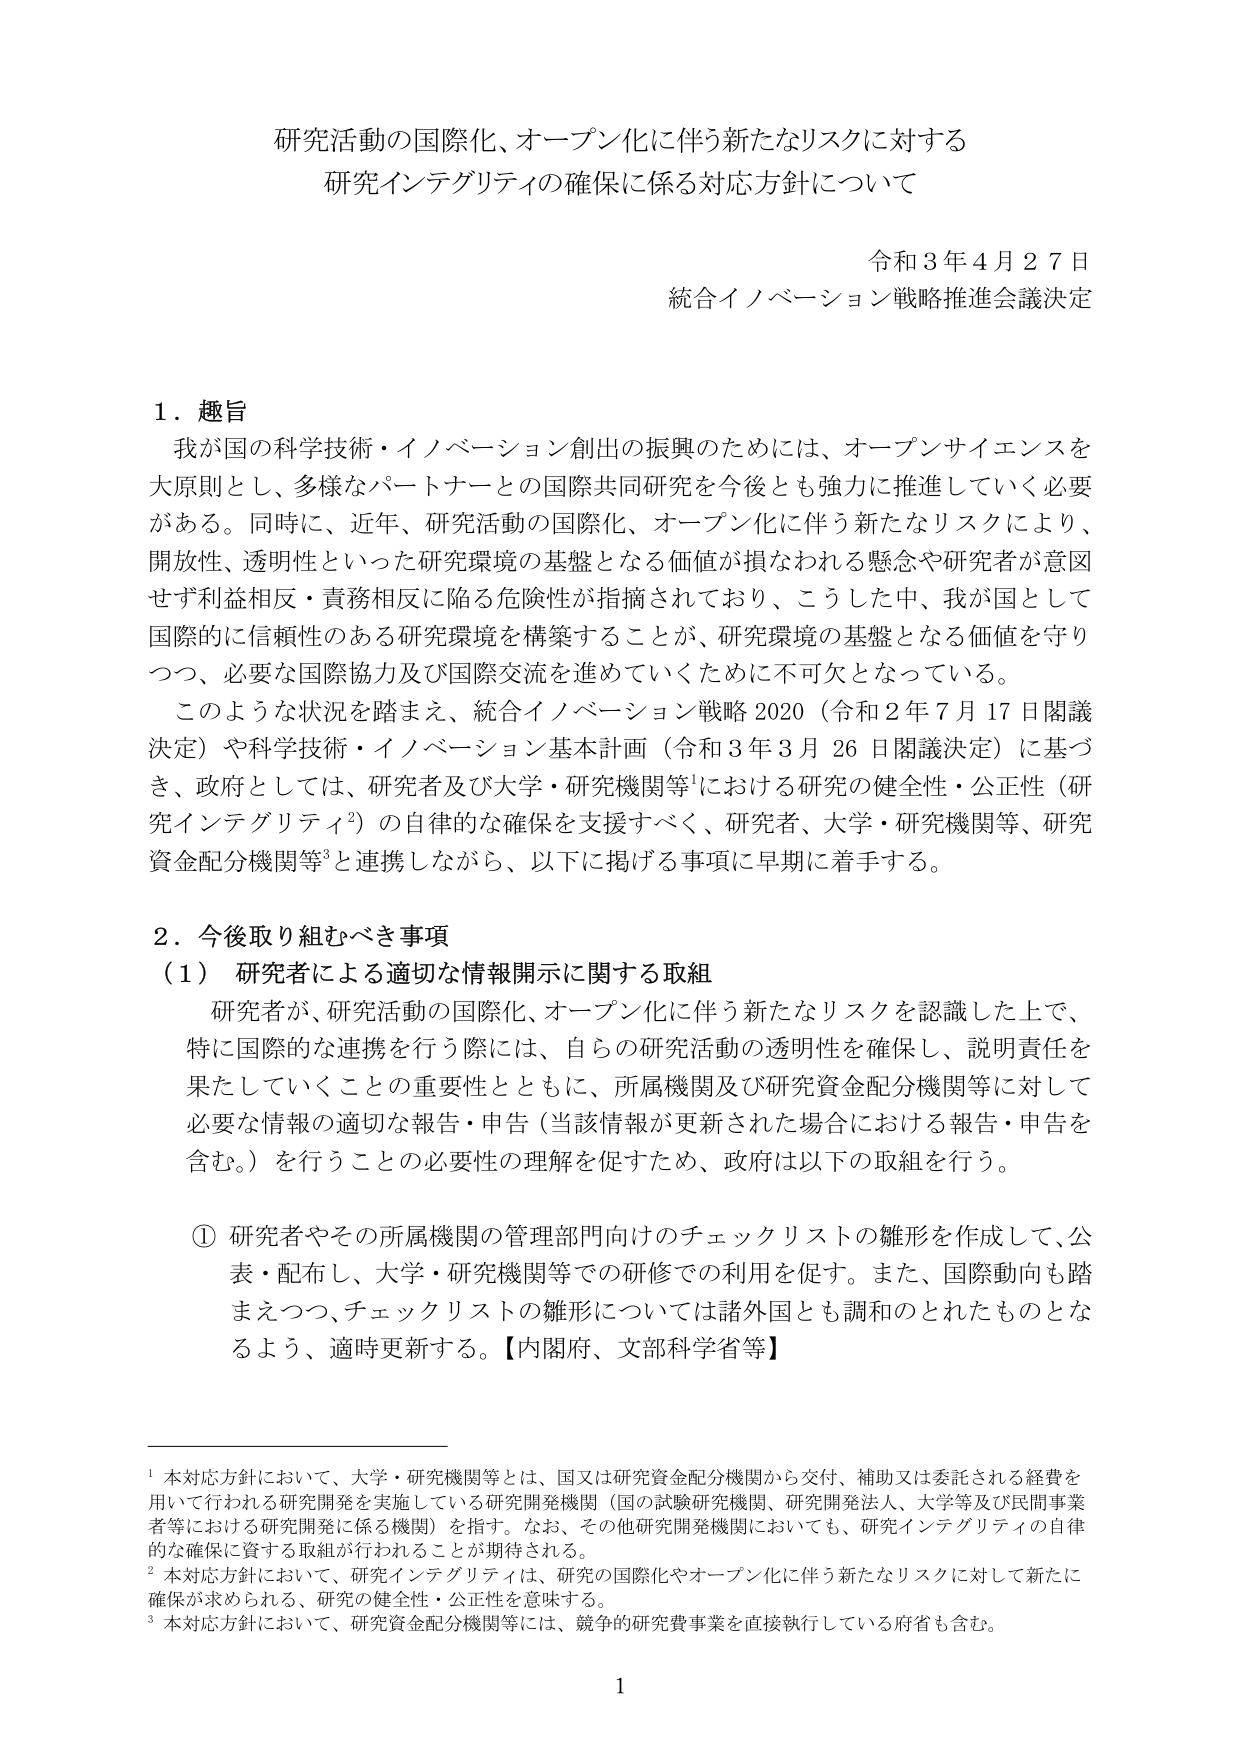
研究活動の国際化、オープン化に伴う新たなリスクに対する
研究インテグリティの確保に係る対応方針について

令和３年４月２７日
統合イノベーション戦略推進会議決定

１．趣旨
我が国の科学技術・イノベーション創出の振興のためには、オープンサイエンスを
大原則とし、多様なパートナーとの国際共同研究を今後とも強力に推進していく必要
がある。同時に、近年、研究活動の国際化、オープン化に伴う新たなリスクにより、
開放性、透明性といった研究環境の基盤となる価値が損なわれる懸念や研究者が意図
せず利益相反・責務相反に陥る危険性が指摘されており、こうした中、我が国として
国際的に信頼性のある研究環境を構築することが、研究環境の基盤となる価値を守り
つつ、必要な国際協力及び国際交流を進めていくために不可欠となっている。
このような状況を踏まえ、統合イノベーション戦略2020（令和2年7月17日閣議
決定）や科学技術・イノベーション基本計画（令和3年3月26日閣議決定）に基づ
き、政府としては、研究者及び大学・研究機関等¹における研究の健全性・公正性（研
究インテグリティ²）の自律的な確保を支援すべく、研究者、大学・研究機関等、研究
資金配分機関等³と連携しながら、以下に掲げる事項に早期に着手する。

２．今後取り組むべき事項
（1）研究者による適切な情報開示に関する取組
研究者が、研究活動の国際化、オープン化に伴う新たなリスクを認識した上で、
特に国際的な連携を行う際には、自らの研究活動の透明性を確保し、説明責任を
果たしていくことの重要性とともに、所属機関及び研究資金配分機関等に対して
必要な情報の適切な報告・申告（当該情報が更新された場合における報告・申告を
含む。）を行うことの必要性の理解を促すため、政府は以下の取組を行う。

① 研究者やその所属機関の管理部門向けのチェックリストの雛形を作成して、公
表・配布し、大学・研究機関等での研修での利用を促す。また、国際動向も踏
まえつつ、チェックリストの雛形については諸外国とも調和のとれたものとな
るよう、適時更新する。【内閣府、文部科学省等】

¹ 本対応方針において、大学・研究機関等とは、国又は研究資金配分機関から交付、補助又は委託される経費を
用いて行われる研究開発を実施している研究開発機関（国の試験研究機関、研究開発法人、大学等及び民間事業
者等における研究開発に係る機関）を指す。なお、その他研究開発機関においても、研究インテグリティの自律
的な確保に資する取組が行われることが期待される。
² 本対応方針において、研究インテグリティは、研究の国際化やオープン化に伴う新たなリスクに対して新たに
確保が求められる、研究の健全性・公正性を意味する。
³ 本対応方針において、研究資金配分機関等には、競争的研究費事業を直接執行している府省も含む。

1